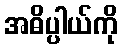
အဓိပ္ပါယ်ကို